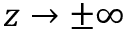
z \to \pm \infty